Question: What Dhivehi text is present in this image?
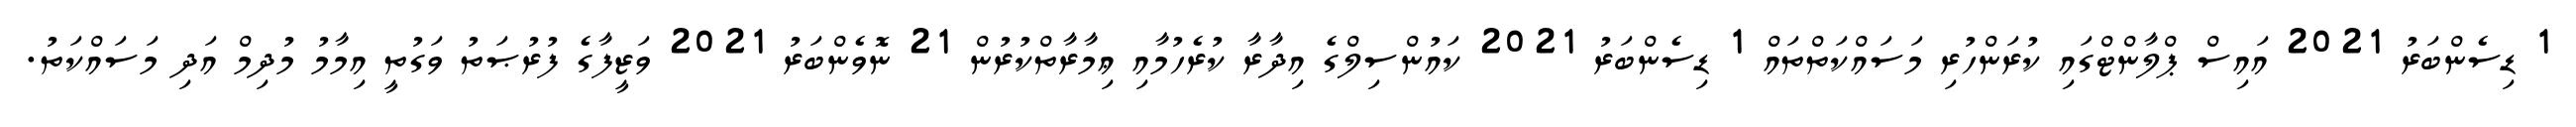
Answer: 1 ޑިސެންބަރު 2021 އައިސް ޕްލާންޓްގައި ކުރަންހުރި މަސައްކަތްތައް 1 ޑިސެންބަރު 2021 ކައުންސިލްގެ އިދާރާ ކުރެހުމާއި ޢިމާރާތްކުރުން 21 ނޮވެންބަރު 2021 ވަޒީފާގެ ފުރުޞަތު ވަގުތީ އިމާމު މުދިމް އަދި މަސައްކަތު.